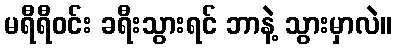
မရီရီဝင်း ခရီးသွားရင် ဘာနဲ့ သွားမှာလဲ။